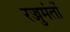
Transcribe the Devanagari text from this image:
रज्जुमंतों